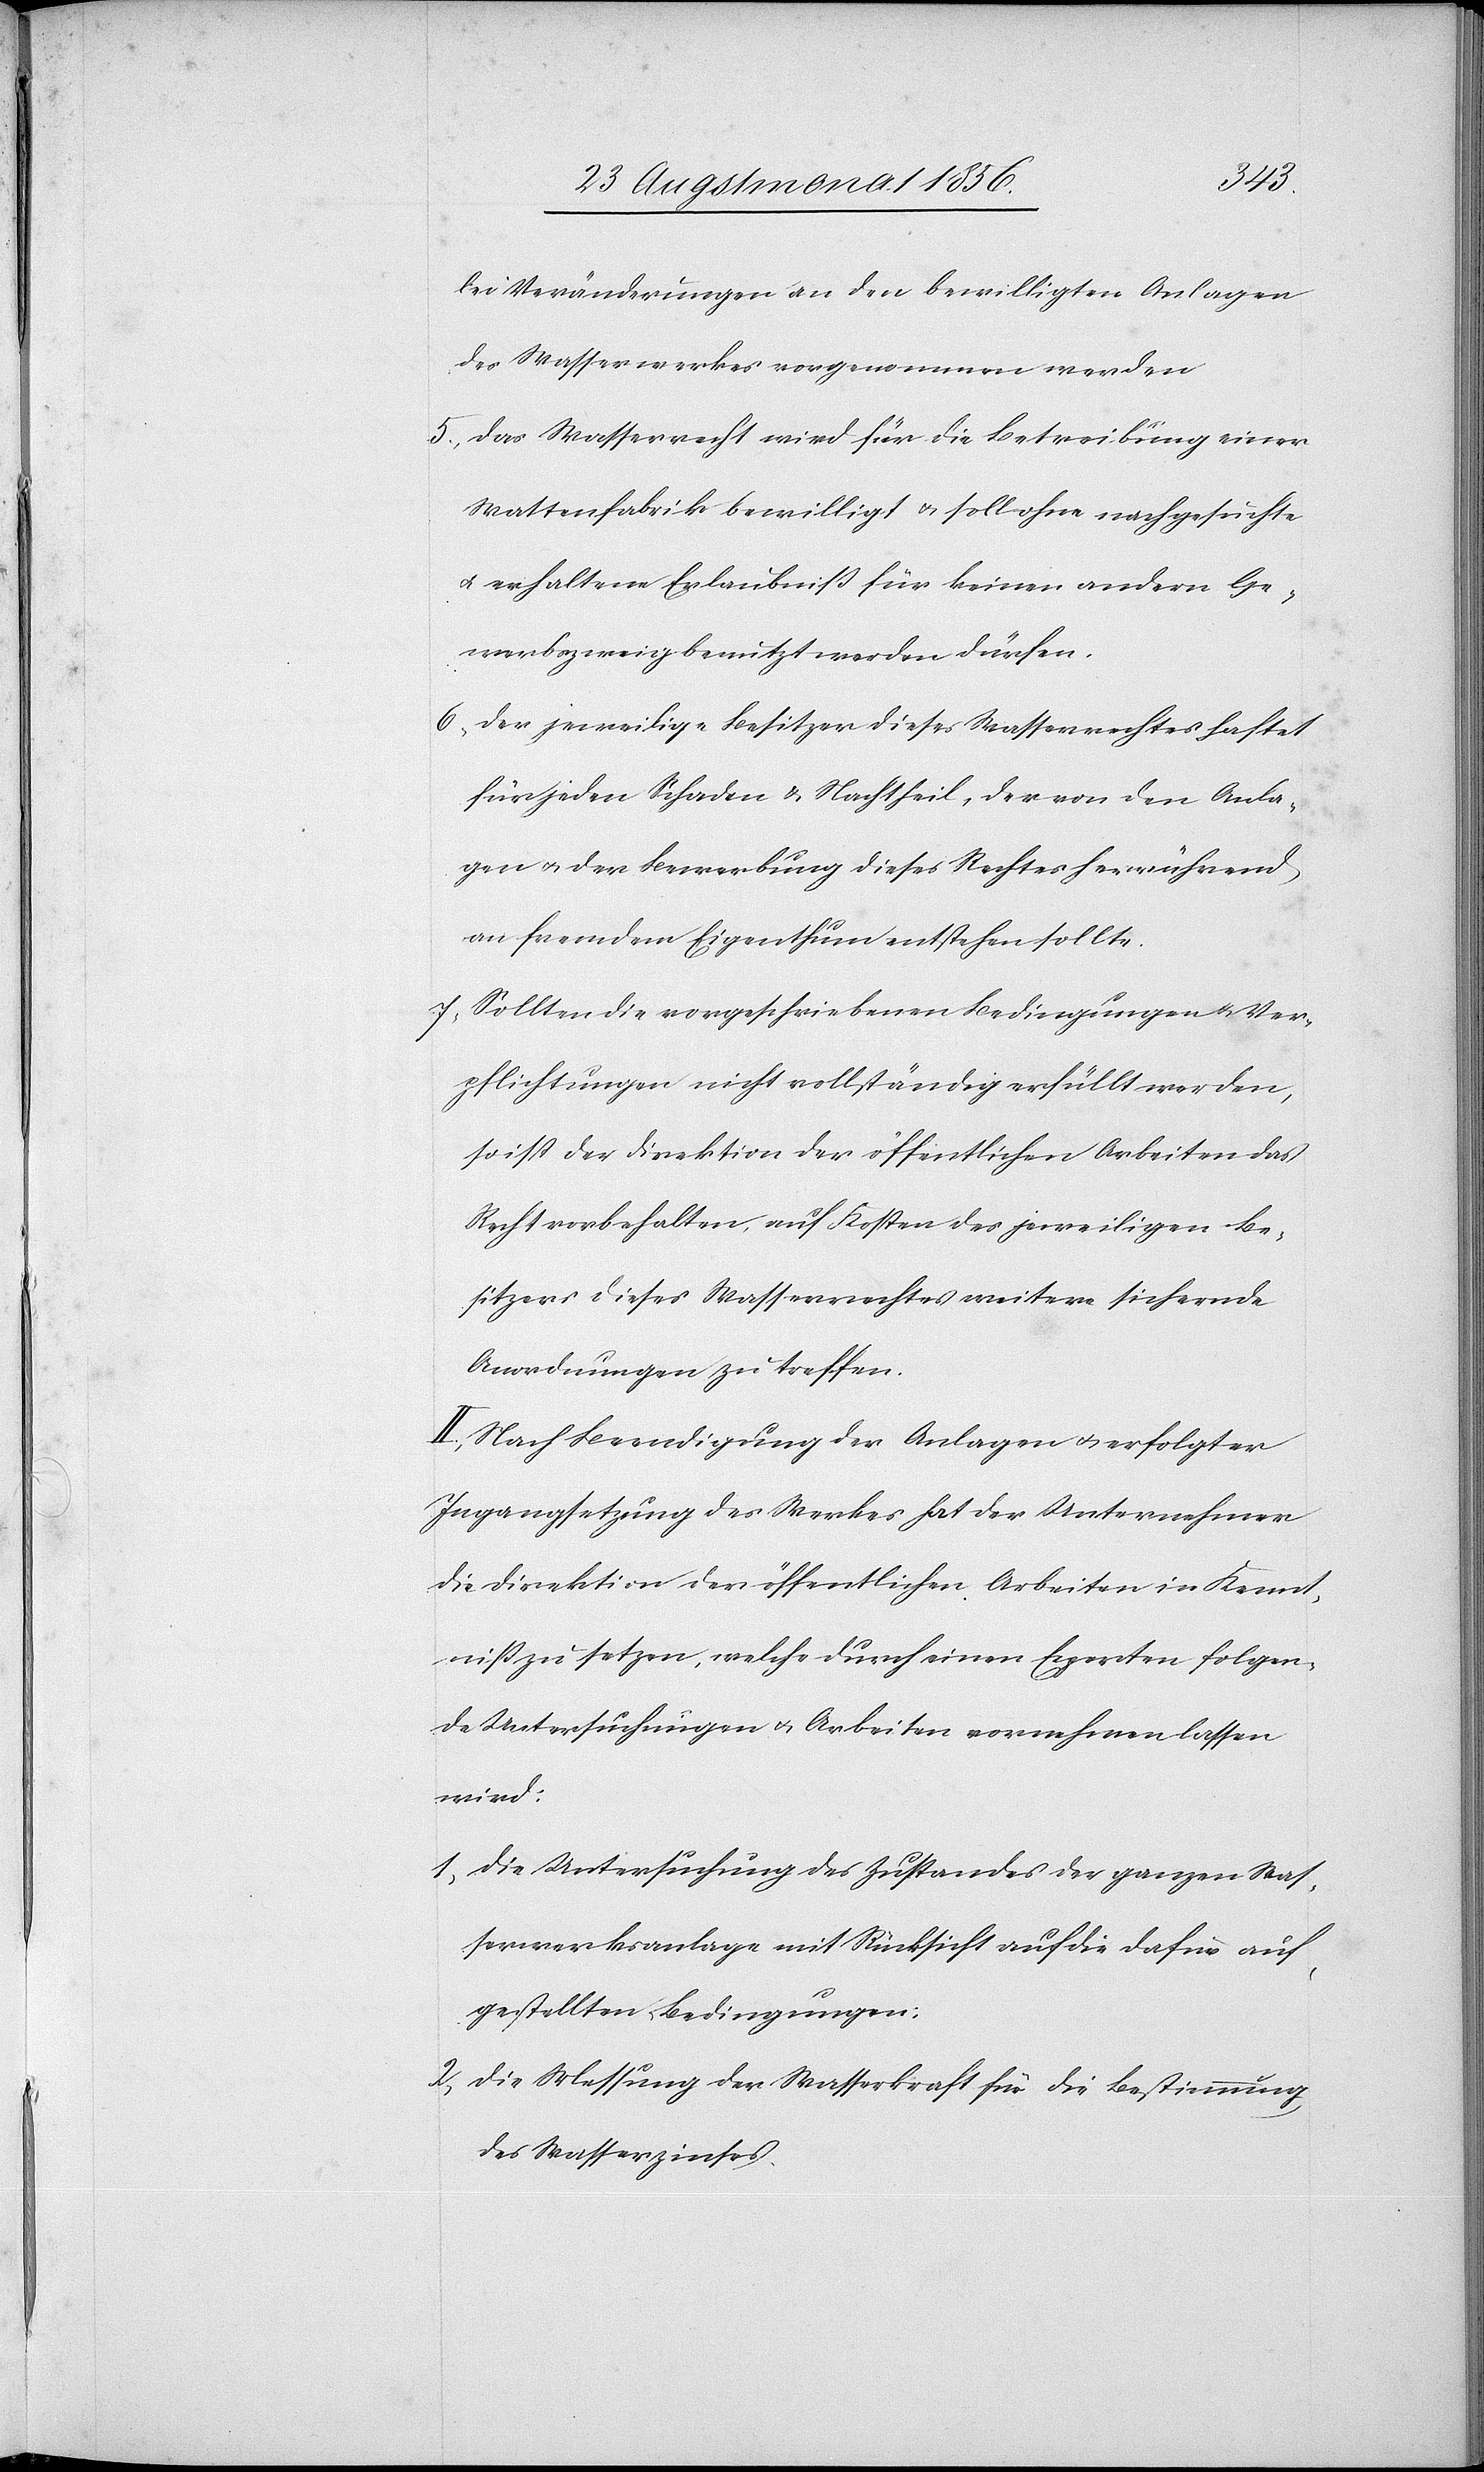
lei Veränderungen an den bewilligten Anlagen
des Wasserwerkes vorgenommen werden[.]
5.) Das Wasserrecht wird für die Betreibung einer
Wattenfabrik bewilligt u. soll ohne nachgesuchte
u. erhaltene Erlaubniss für keinen andern Ge¬
werbszweig benutzt werden dürfen.
6.) Der jeweilige Besitzer dieses Wasserrechtes haftet
für jeden Schaden & Nachtheil, der von den Anla¬
gen u. der Bewerbung dieses Rechtes herrührend
an fremdem Eigenthum entstehen sollte.
7.) Sollten die vorgeschriebenen Bedingungen u. Ver¬
pflichtungen nicht vollständig erfüllt werden,
so ist der Direktion der öffentlichen Arbeiten das
Recht vorbehalten, auf Kosten des jeweiligen Be¬
sitzers dieses Wasserrechtes weitere sichernde
Anordnungen zu treffen.
II.) Nach Beendigung der Anlagen u. erfolgter
Ingangsetzung des Werkes hat der Unternehmer
die Direktion der öffentlichen Arbeiten in Kennt¬
niss zu setzen, welche durch einen Experten folgen¬
de Untersuchungen u. Arbeiten vornehmen lassen
wird:
1) die Untersuchung des Zustandes der ganzen Was¬
serwerksanlage mit Rücksicht auf die dafür auf¬
gestellten Bedingungen;
2) die Messung der Wasserkraft für die Bestimmung
des Wasserzinses.